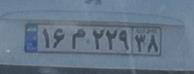
۱۶م۲۲۹۳۸